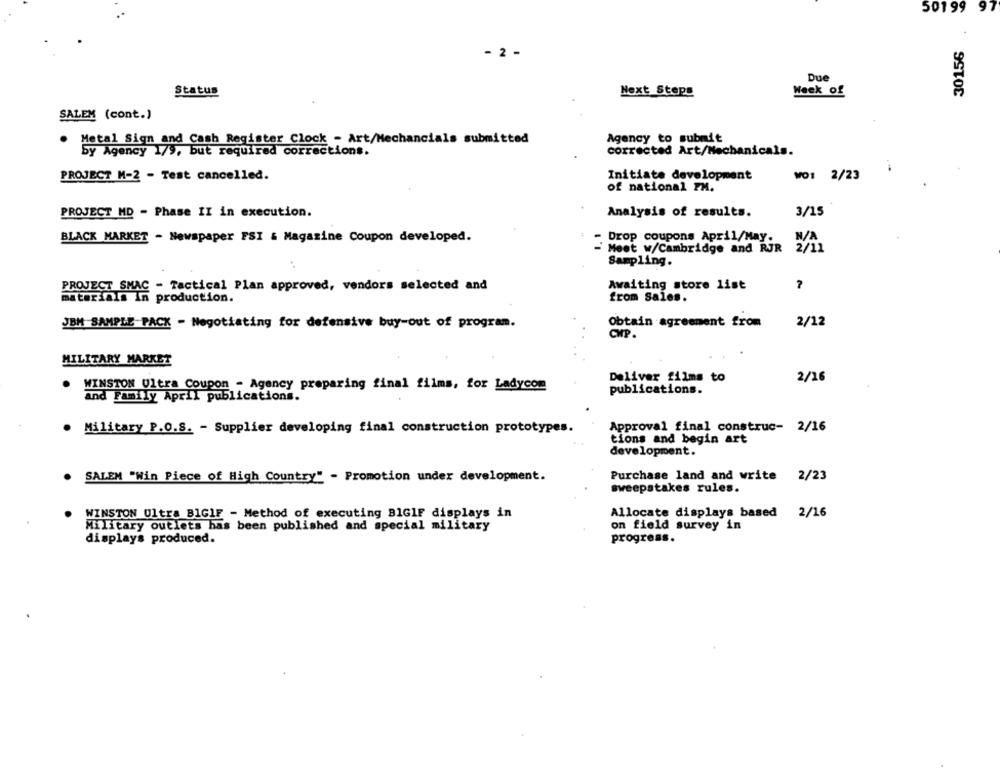
50199 97
30156
- 2 -
Due
Status
Next Steps
Week of
SALEM (cont.)
Metal Sign and Cash Register Clock - Art/Mechancials submitted
Agency to submit
corrected Art/Mechanicals.
Sy Agency 1/9, but required corrections.
PROJECT M-2 - Test cancelled.
Initiate development
WO1 2/23
of national PM.
PROJECT MD - Phase II in execution.
Analysis of results.
3/15
BLACK MARKET - Newspaper FSI & Magazine Coupon developed.
Drop coupons April/May.
Meet w/Cambridge and RJR
Sampling.
PROJECT SMAC - Tactical Plan approved, vendors selected and
Awaiting store list
materials In production.
from Sales.
JBM SAMPLE PACK - Negotiating for defensive buy-out of program.
Obtain agreement from
2/12
CHP.
MILITARY MARKET
2/16
Deliver films to
. WINSTON Ultra Coupon - Agency preparing final films, for Ladycom
publications.
and Family April publications.
. Military P.O.S. - Supplier developing final construction prototypes.
Approval final construc- 2/16
tions and begin art
development.
SALEM "Win Piece of High Country" - Promotion under development.
Purchase land and write 2/23
sweepstakes rules.
WINSTON Ultra BIGIF - Method of executing BIGIF displays in
Allocate displays based 2/16
Military outlets has been published and special military
on field survey in
displays produced.
progress.